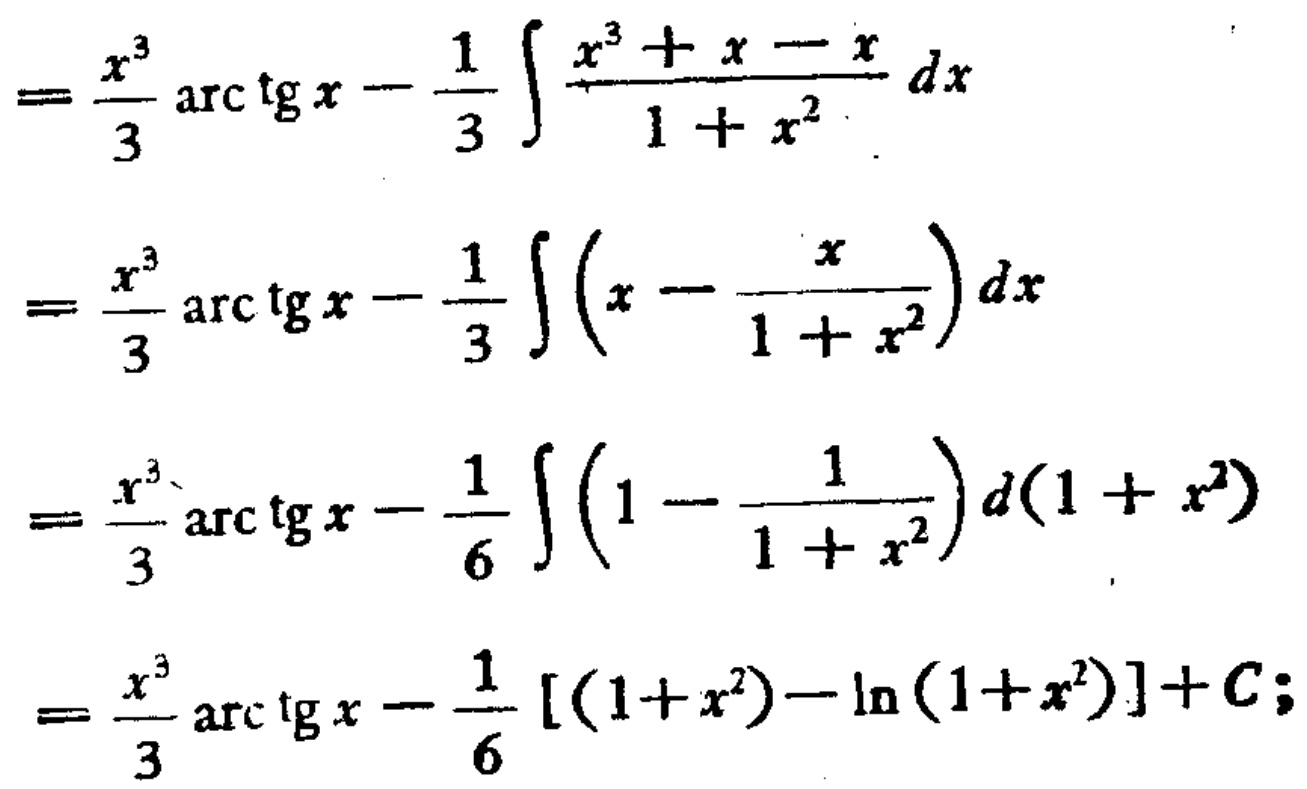
\begin{align*}

&=\frac{x^{3}}{3}\arctan x-\frac{1}{3}\int\frac{x^{3}+x - x}{1 + x^{2}}dx\\

&=\frac{x^{3}}{3}\arctan x-\frac{1}{3}\int\left(x-\frac{x}{1 + x^{2}}\right)dx\\

&=\frac{x^{3}}{3}\arctan x-\frac{1}{6}\int\left(1-\frac{1}{1 + x^{2}}\right)d(1 + x^{2})\\

&=\frac{x^{3}}{3}\arctan x-\frac{1}{6}[(1 + x^{2})-\ln(1 + x^{2})]+C;

\end{align*}